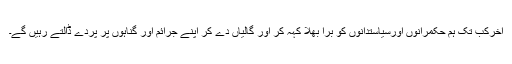
آخرکب تک ہم حکمرانوں اورسیاستدانوں کو برا بھلا کہہ کر اور گالیاں دے کر اپنے جرائم اور گناہوں پر پردے ڈالتے رہیں گے۔